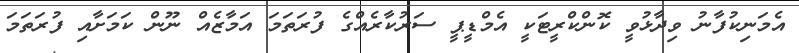
އެމަނިކުފާނު ވިދާޅުވީ ކޮންކްރީޓަކީ އެމްޑީޕީ ސަރުކާރެއްގެ ފުރަތަމަ އަމާޒެއް ނޫން ކަމަށާއި ފުރަތަމަ